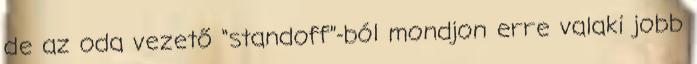
de az oda vezető “standoff”-ból mondjon erre valaki jobb